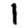
Digit: 1